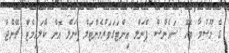
ގެ މޫސުމާ ބެހޭ ސައެންސް ޕެނަލް އިންޓަގަވަރްމެންޓަލް ޕެނަލް އޮން ކްލައިމެޓް ޗޭންޖް